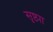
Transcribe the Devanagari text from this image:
सृष्ट्या